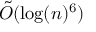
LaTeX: { \tilde { O } } ( \log ( n ) ^ { 6 } )